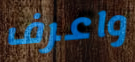
واعرف